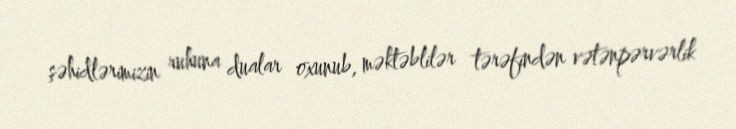
şəhidlərimizin ruhuna dualar oxunub, məktəblilər tərəfindən vətənpərvərlik